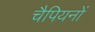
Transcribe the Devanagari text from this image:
चैपियनों